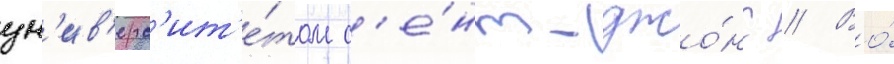
ун'ив'ерс'ит'е́том с'е́нт-джо́нс // Во́